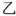
乙